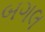
બગલ